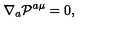
\nabla _ { a } { \cal P } ^ { a \mu } = 0 ,